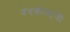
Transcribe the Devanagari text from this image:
पंचकोषांची